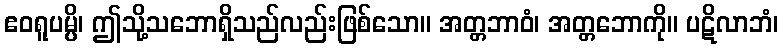
ဧဝရူပမ္ပိ၊ ဤသို့သဘောရှိသည်လည်းဖြစ်သော။ အတ္တဘာဝံ၊ အတ္တဘောကို။ ပဋိလာဘံ၊